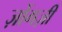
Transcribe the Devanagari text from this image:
ज़ोंगज़ी